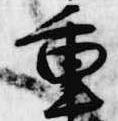
重